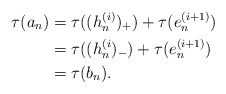
\begin{align*}\tau(a_n) &=\tau((h_{n}^{(i)})_+)+\tau(e_{n}^{(i+1)})\\&=\tau((h_{n}^{(i})_-)+\tau(e_{n}^{(i+1)})\\&=\tau(b_n).\end{align*}